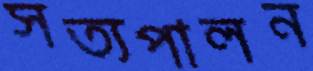
সত্যপালন